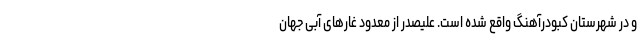
و در شهرستان کبودرآهنگ واقع شده است. علیصدر از معدود غارهای آبی جهان